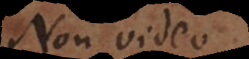
Non video